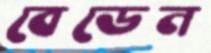
বেডেন